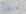
طلقة